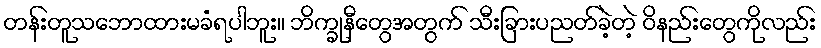
တန်းတူသဘောထားမခံရပါဘူး။ ဘိက္ခုနီတွေအတွက် သီးခြားပညတ်ခဲ့တဲ့ ဝိနည်းတွေကိုလည်း